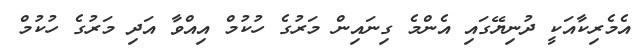
އެމެރިކާއަކީ ދުނިޔޭގައި އެންމެ ގިނައިން މަރުގެ ހުކުމް އިއްވާ އަދި މަރުގެ ހުކުމް